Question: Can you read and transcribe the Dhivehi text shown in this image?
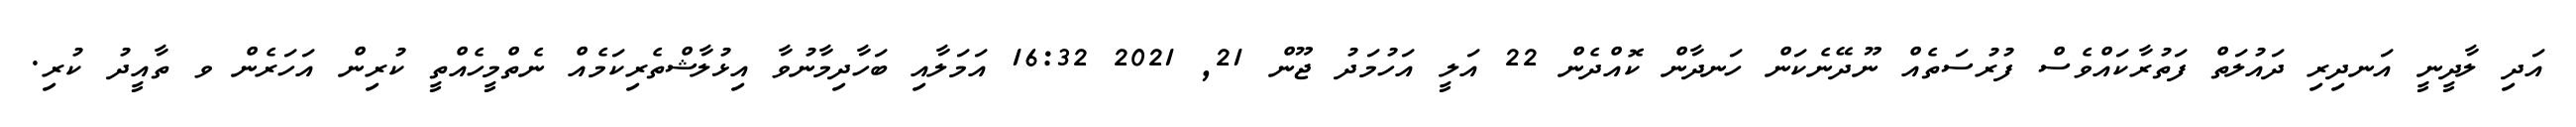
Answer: އަދި ލާދީނީ އަނދިރި ދައުލަތް ފަތުރާކައްވެސް ފުރުސަތެއް ނޫދޭނެކަން ހަނދާން ކޮއްދެން 22 އަލީ އަހުމަދު ޖޫން 21, 2021 16:32 އަމަލާއި ބަހާދިމާނުވާ އިޅުލާޝްތެރިކަމެއް ނެތްމީހެއްތީ ކުރިން އަހަރެން ވ ތާއީދު ކުރި.